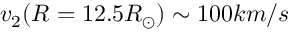
v _ { 2 } ( R = 1 2 . 5 R _ { \odot } ) \sim 1 0 0 k m / s